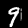
Label: 9